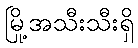
မြို့အသီးသီးရှိ